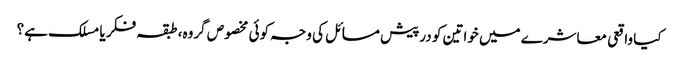
کیا واقعی معاشرے میں خواتین کو درپیش مسائل کی وجہ کوئی مخصوص گروہ، طبقہ فکر یا مسلک ہے؟